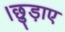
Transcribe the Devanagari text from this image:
।छुड़ाए